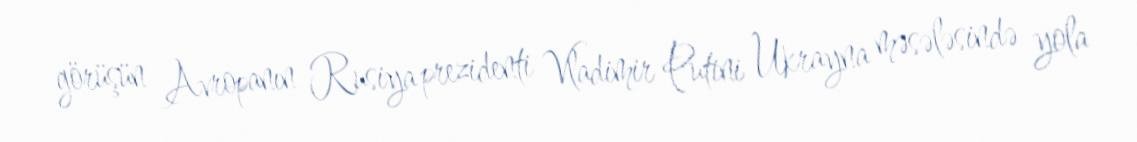
görüşün Avropanın Rusiya prezidenti Vladimir Putini Ukrayna məsələsində yola